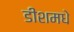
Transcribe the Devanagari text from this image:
डीशमधे